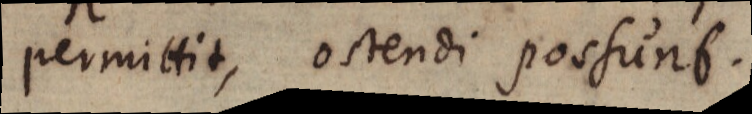
permittit, ostendi possunt.